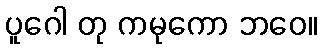
ပူဂေါ တု ကမုကော ဘဝေ။